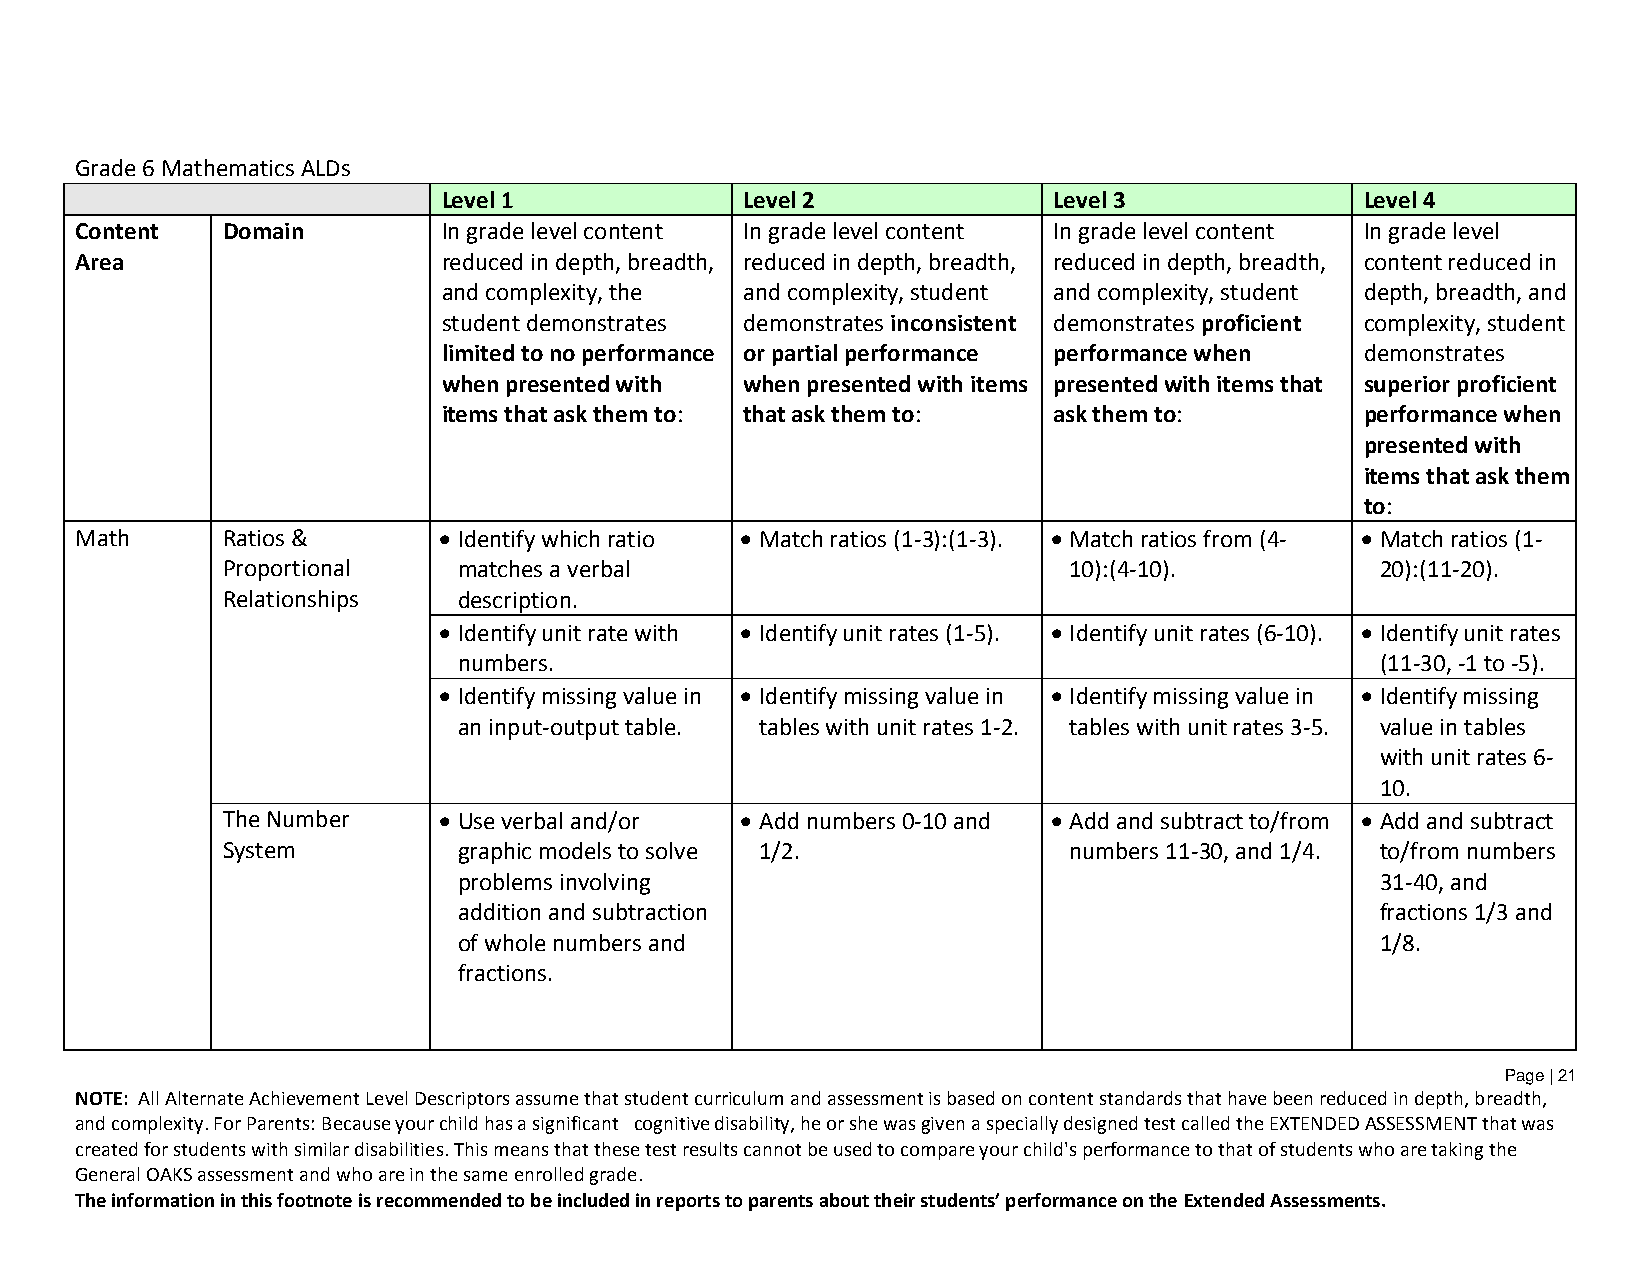
Grade 6 Mathematics ALDs
 Level 1             Level 2              Level 3             Level 4
 Content   Domain        In grade level content In grade level content In grade level content In grade level
 Area                    reduced in depth, breadth, reduced in depth, breadth, reduced in depth, breadth, content reduced in
 and complexity, the and complexity, student and complexity, student depth, breadth, and
 student demonstrates demonstrates inconsistent demonstrates proficient complexity, student
 limited to no performance or partial performance performance when demonstrates
 when presented with when presented with items presented with items that superior proficient
 items that ask them to: that ask them to: ask them to:       performance when
 presented with
 items that ask them
 to:
 Math      Ratios &       Identify which ratio  Match ratios (1-3):(1-3).  Match ratios from (4-  Match ratios (1-
 Proportional   matches a verbal                         10):(4-10).         20):(11-20).
 Relationships  description.
  Identify unit rate with  Identify unit rates (1-5).  Identify unit rates (6-10).  Identify unit rates
 numbers.                                                     (11-30, -1 to -5).
  Identify missing value in  Identify missing value in  Identify missing value in  Identify missing
 an input-output table. tables with unit rates 1-2. tables with unit rates 3-5. value in tables
 with unit rates 6-
 10.
 The Number     Use verbal and/or  Add numbers 0-10 and  Add and subtract to/from  Add and subtract
 System         graphic models to solve 1/2.             numbers 11-30, and 1/4. to/from numbers
 problems involving                                           31-40, and
 addition and subtraction                                     fractions 1/3 and
 of whole numbers and                                         1/8.
 fractions.
 Page | 21
 NOTE: All Alternate Achievement Level Descriptors assume that student curriculum and assessment is based on content standards that have been reduced in depth, breadth,
 and complexity. For Parents: Because your child has a significant cognitive disability, he or she was given a specially designed test called the EXTENDED ASSESSMENT that was
 created for students with similar disabilities. This means that these test results cannot be used to compare your child's performance to that of students who are taking the
 General OAKS assessment and who are in the same enrolled grade.
 The information in this footnote is recommended to be included in reports to parents about their students’ performance on the Extended Assessments.